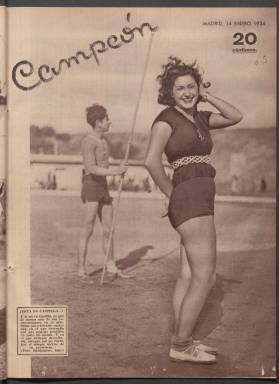
Título: Campeón (Madrid)
Colección: Deportes || Periódicos
Ámbito geográfico: Madrid
Lugar de publicación: Madrid
Fechas: 07/01/1934-19/07/1936